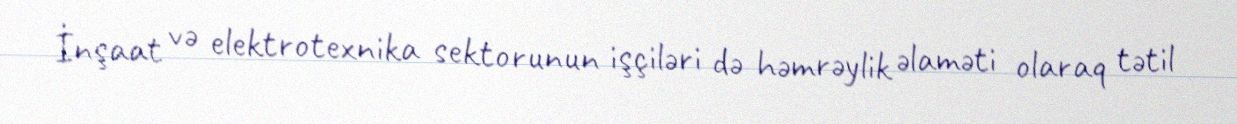
İnşaat və elektrotexnika sektorunun işçiləri də həmrəylik əlaməti olaraq tətil